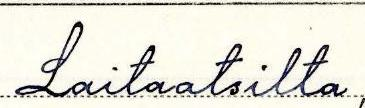
Laitaatsilta